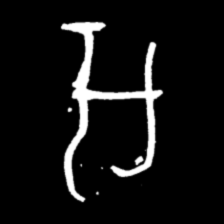
Pyu character \u2014 Myanmar letter: အ (romanized: a)